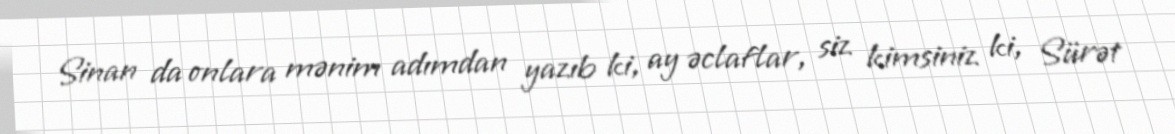
Sinan da onlara mənim adımdan yazıb ki, ay əclaflar, siz kimsiniz ki, Sürət